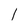
Character: 1